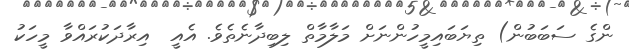
ންގެ ސަބަބުން) ތިޔަބައިމީހުންނަށް މަލާމާތް ލިބިދާނެތެވެ. އެއީ  އިރާދަކުރައްވާ މީހަކު